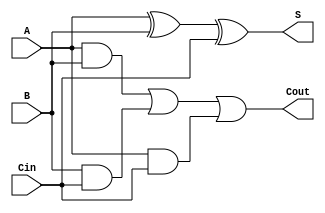
module TransmissionGateFullAdder (
    input wire A,      // First single-bit input
    input wire B,      // Second single-bit input
    input wire Cin,    // Carry-in input
    output wire S,     // Sum output
    output wire Cout    // Carry-out output
);

// Internal wires for intermediate signals
wire AB_and, BC_and, AC_and; // AND outputs
wire A_xor_B;                // Intermediate XOR output

// Transmission Gate for A AND B
assign AB_and = A & B;

// Transmission Gate for B AND Cin
assign BC_and = B & Cin;

// Transmission Gate for A AND Cin
assign AC_and = A & Cin;

// Sum Calculation: S = A  B  Cin
// First XOR: A  B
assign A_xor_B = (A ^ B);

// Second XOR: (A  B)  Cin
assign S = A_xor_B ^ Cin;

// Carry-out Calculation: Cout = (A AND B) OR (B AND Cin) OR (A AND Cin)
assign Cout = AB_and | BC_and | AC_and;

endmodule